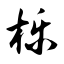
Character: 栎